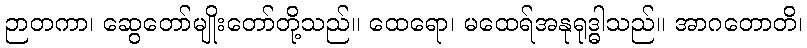
ဉာတကာ၊ ဆွေတော်မျိုးတော်တို့သည်။ ထေရော၊ မထေရ်အနုရုဒ္ဓါသည်။ အာဂတောတိ၊